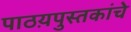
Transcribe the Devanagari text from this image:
पाठय़पुस्तकांचे